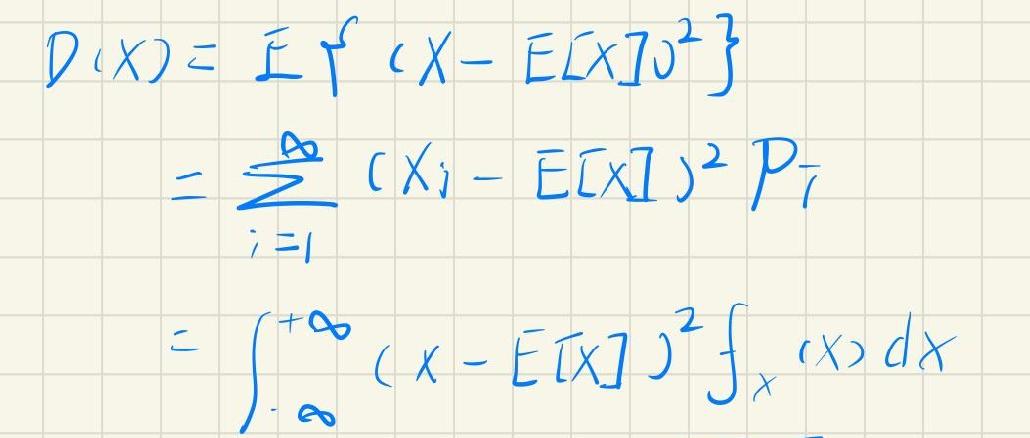
\(D(X)=\mathbb{E}\left[(X-\mathbb{E}[X])^{2}\right]\)
\(=\sum_{i = 1}^{\infty}(X_i-\mathbb{E}[X])^{2}P_i\)
\(=\int_{-\infty}^{+\infty}(X-\mathbb{E}[X])^{2}f_X(x)dx\)